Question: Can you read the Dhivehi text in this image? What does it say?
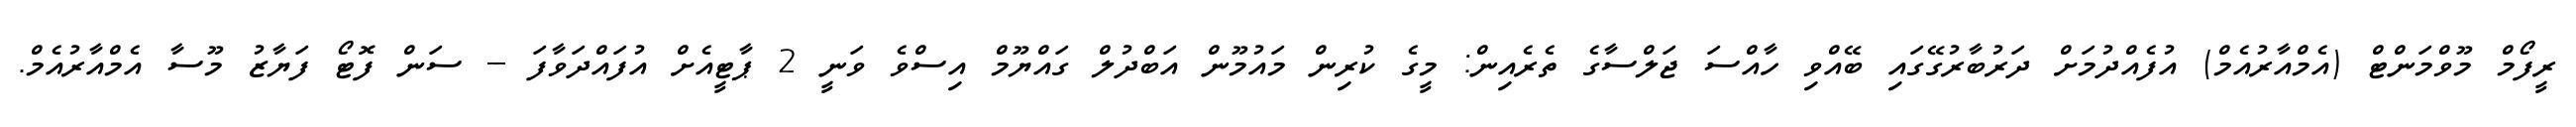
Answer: ރީފޯމް މޫވްމަންޓް (އެމްއާރުއެމް) އުފެއްދުމަށް ދަރުބާރުގޭގައި ބޭއްވި ހާއްސަ ޖަލްސާގެ ތެރެއިން: މީގެ ކުރިން މައުމޫން އަބްދުލް ގައްޔޫމް އިސްވެ ވަނީ 2 ޕާޓީއެށް އުފައްދަވާފަ -- ސަން ފޮޓޯ ފަޔާޒު މޫސާ އެމްއާރުއެމް.